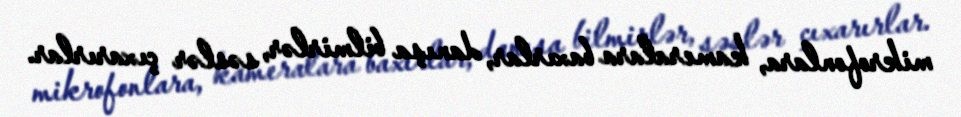
mikrofonlara, kameralara baxırlar, danışa bilmirlər, səslər çıxarırlar.